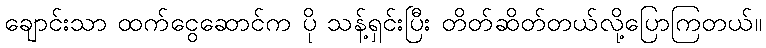
ချောင်းသာ ထက်ငွေဆောင်က ပို သန့်ရှင်းပြီး တိတ်ဆိတ်တယ်လို့ပြောကြတယ်။